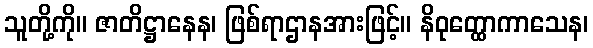
သူတို့ကို။ ဇာတိဋ္ဌာနေန၊ ဖြစ်ရာဌာနအားဖြင့်။ နိဝုတ္ထောကာသေန၊